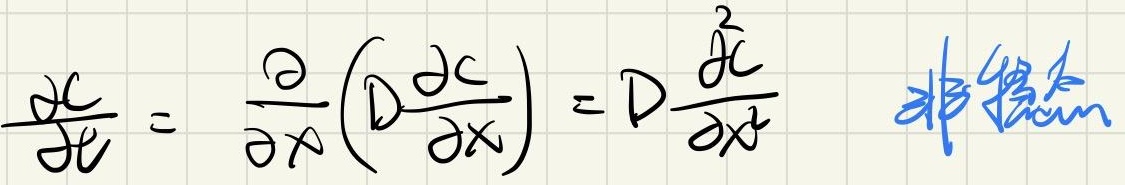

$\frac{\partial c}{\partial t}=\frac{\partial}{\partial x}\left(D\frac{\partial c}{\partial x}\right)=D\frac{\partial^{2} c}{\partial x^{2}}$非稳态